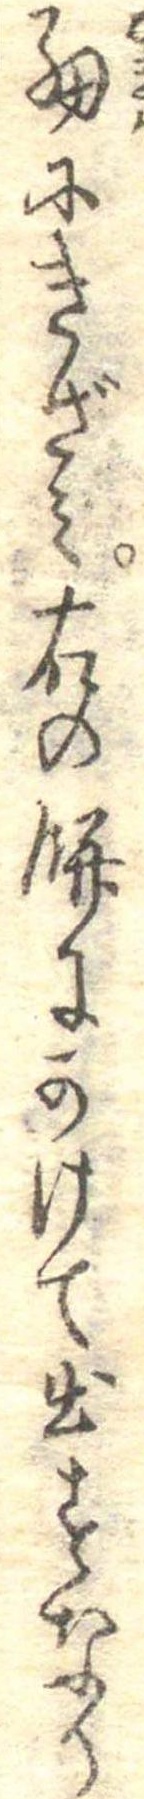
細にきざみ右の餅にかけて出すなり